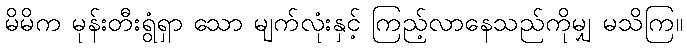
မိမိက မုန်းတီးရွံရှာ သော မျက်လုံးနှင့် ကြည့်လာနေသည်ကိုမျှ မသိကြ။